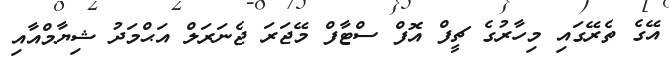
އޭގެ ތެރޭގައި މިހާރުގެ ޗީފް އޮފް ސްޓާފް މޭޖަރަ ޖެނަރަލް އަޙްމަދު ޝިޔާމްއާއި